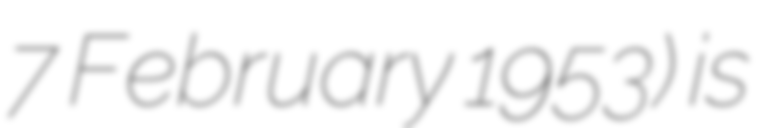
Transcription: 7 February 1953) is